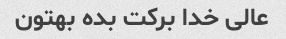
عالی خدا برکت بده بهتون